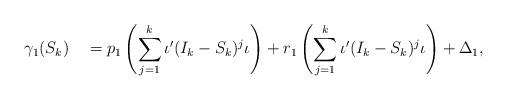
LaTeX: \begin{align*}\gamma_1(S_k) \quad=p_1\left( \sum_{j=1}^k\iota'(I_k-S_k)^j\iota\right) + r_1\left( \sum_{j=1}^k\iota'(I_k-S_k)^j\iota\right) + \Delta_1,\end{align*}